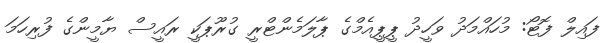
ފައިލް ފޮޓޯ: މުހައްމަދު ވަހީދު ޕީޕީއެމްގެ ޕާލަމެންޓްރީ ގުރޫޕަކީ ރައީސް ޔާމީންގެ ފުރިހަމަ